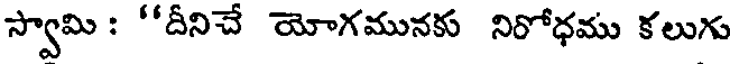
స్వామి : "దీనిచే యోగమునకు నిరోధము కలుగు